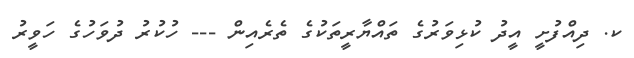
ކ. ދިއްފުށީ އީދު ކުޅިވަރުގެ ތައްޔާރީތަކުގެ ތެރެއިން --- ހުކުރު ދުވަހުގެ ހަވީރު